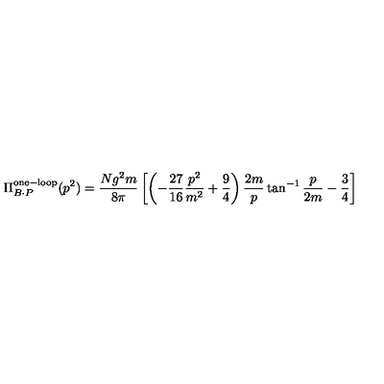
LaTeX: \Pi _ { B \cdot P } ^ { \mathrm { o n e - l o o p } } ( p ^ { 2 } ) = { \frac { N g ^ { 2 } m } { 8 \pi } } \left[ \left( - \frac { 2 7 } { 1 6 } \frac { p ^ { 2 } } { m ^ { 2 } } + \frac { 9 } { 4 } \right) \frac { 2 m } { p } \tan ^ { - 1 } \frac { p } { 2 m } - \frac { 3 } { 4 } \right]